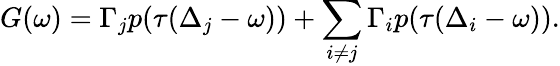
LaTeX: G(\omega)=\Gamma_{j}p(\tau(\Delta_{j}-\omega))+\sum_{i\neq j}\Gamma_{i}p(\tau(\Delta_{i}-\omega)).